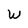
Character: W